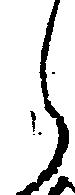
ら